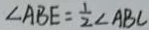
\angle A B E = \frac { 1 } { 2 } \angle A B C